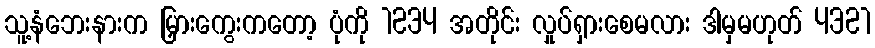
သူ့နံဘေးနားက မြှားကွေးကတော့ ပုံကို 1234 အတိုင်း လှုပ်ရှားစေမလား ဒါမှမဟုတ် 4321